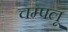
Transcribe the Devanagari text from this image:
चम्पलू